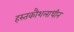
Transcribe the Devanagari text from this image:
हस्तकौशलाधीन